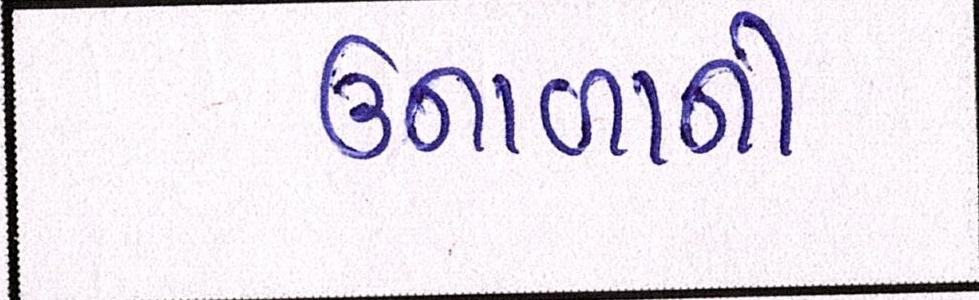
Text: ઉનાળાની